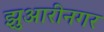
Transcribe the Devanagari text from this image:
झुआरीनगर